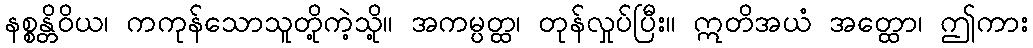
နစ္စန္တိဝိယ၊ ကကုန်သောသူတို့ကဲ့သို့။ အကမ္ပတ္ထ၊ တုန်လှုပ်ပြီး။ ဣတိအယံ အတ္ထော၊ ဤကား